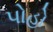
પોહો